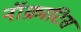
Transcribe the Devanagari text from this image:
नॉक्राटिस